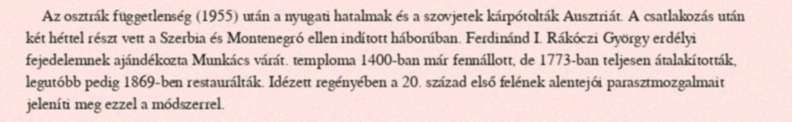
Az osztrák függetlenség (1955) után a nyugati hatalmak és a szovjetek kárpótolták Ausztriát. A csatlakozás után két héttel részt vett a Szerbia és Montenegró ellen indított háborúban. Ferdinánd I. Rákóczi György erdélyi fejedelemnek ajándékozta Munkács várát. temploma 1400-ban már fennállott, de 1773-ban teljesen átalakították, legutóbb pedig 1869-ben restaurálták. Idézett regényében a 20. század első felének alentejói parasztmozgalmait jeleníti meg ezzel a módszerrel.